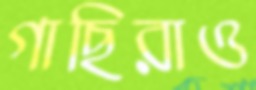
গাছিরাও